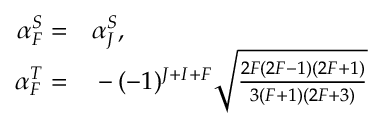
\begin{array} { r l } { \alpha _ { F } ^ { S } = } & { { } \alpha _ { J } ^ { S } , } \\ { \alpha _ { F } ^ { T } = } & { { } - ( - 1 ) ^ { J + I + F } \sqrt { \frac { 2 F ( 2 F - 1 ) ( 2 F + 1 ) } { 3 ( F + 1 ) ( 2 F + 3 ) } } } \end{array}